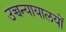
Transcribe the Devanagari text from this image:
उच्चन्यायालयों